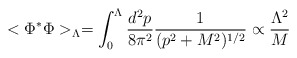
\begin{align*}<\Phi^*\Phi>_\Lambda=\int_0^{\Lambda} {d^2p\over 8\pi^2}{1\over (p^2+M^2)^{1/2}}\propto{\Lambda^2\over M}\end{align*}